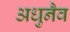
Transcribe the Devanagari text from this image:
अधुनैव